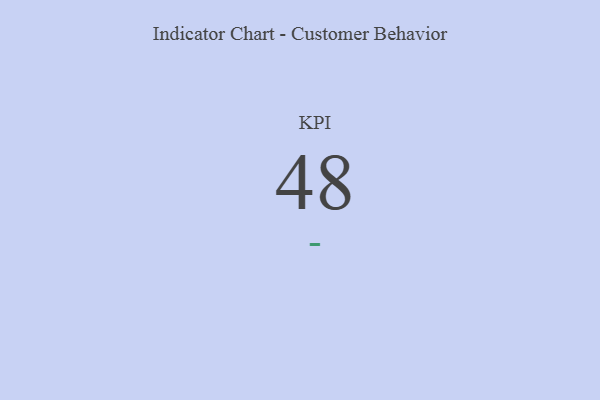
{"axis": {"x": "KPI", "y": "Value"}, "legend": [""], "data": [{"x": "KPI", "y": 48, "type": ""}]}